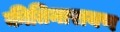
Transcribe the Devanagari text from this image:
कीतिनारायण